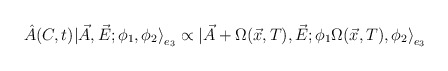
\begin{align*}\hat{A} (C,t)|\vec{A},\vec{E};\phi_1,\phi_2 {\rangle}_{e_3} \propto|\vec{A}+ \Omega(\vec{x},T),\vec{E}; \phi_1\Omega(\vec{x},T),\phi_2{\rangle}_{e_3}\end{align*}